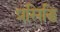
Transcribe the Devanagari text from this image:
प्रसिद्घि